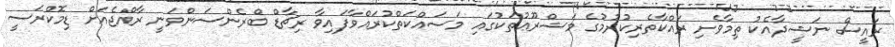
ރައީސް ނަޝީދާއެކު ތިމާވެށި ރައްކާތެރިކުރުމުގެ މަޝްރޫޢުތަކުގައި މަސައްކަތްކުރައްވާފައިވާ ރިޗާޑް ބްރެންސަންވަނީ ރާއްޖެއަށް ޑިމޮކްރަސީ